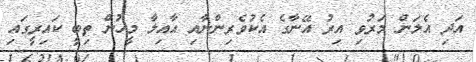
އަދި އެލަން މަރުވި އިރު އޭނާގެ އެކުވެރިންނާއި އާއިލާ މީހުން ތިބީ ކައިރީގައި